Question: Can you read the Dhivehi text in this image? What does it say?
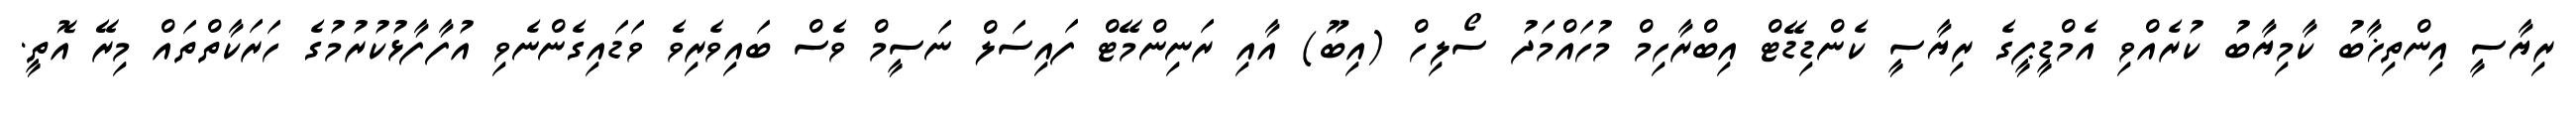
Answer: ރިޔާސީ އިންތިޚާބު ކާމިޔާބު ކުރެއްވި އެމްޑީޕީގެ ރިޔާސީ ކެންޑިޑޭޓް އިބްރާހިމް މުހައްމަދު ސޯލިހް (އިބޫ) އާއި ރަނިންމޭޓް ފައިސަލް ނަސީމް ވެސް ބައިވެރިވެ ވަޑައިގެންނެވި އުފާފާޅުކުރުމުގެ ހަރަކާތްތައް މިރޭ އޮތީ.